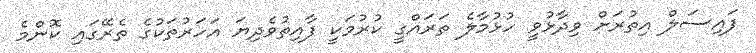
ފައިސަލް އިތުރަށް ވިދާޅުވީ ހުޅުމާލެ ތަރައްގީ ކުރުމަކީ ފާއިތުވެދިޔަ އަހަރުތަކުގެ ތެރޭގައި ކޮންމެ